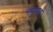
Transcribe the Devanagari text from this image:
नमुनाही